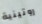
روتينية